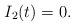
LaTeX: \begin{align*} I_2(t)=0. \end{align*}